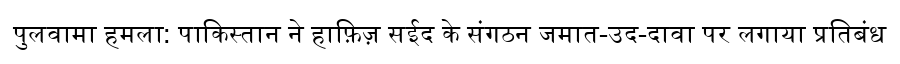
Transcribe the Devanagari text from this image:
पुलवामा हमला: पाकिस्तान ने हाफ़िज़ सईद के संगठन जमात-उद-दावा पर लगाया प्रतिबंध